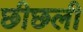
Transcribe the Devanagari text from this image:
छीछली